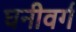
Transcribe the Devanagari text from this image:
घनीवर्ग